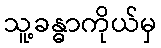
သူ့ခန္ဓာကိုယ်မှ